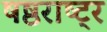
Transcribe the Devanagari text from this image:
षष्ठराष्ट्र